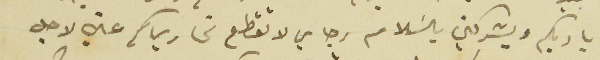
اياديكم ويشركني بالسلام رجاي لا تقطع تحاريركم عني لاجل